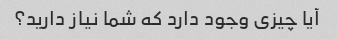
آیا چیزی وجود دارد که شما نیاز دارید؟